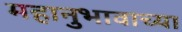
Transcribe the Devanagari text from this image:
महानुभावाच्या